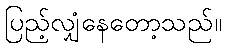
ပြည့်လျှံနေတော့သည်။